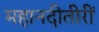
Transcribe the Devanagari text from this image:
महानदीतीरीं